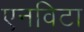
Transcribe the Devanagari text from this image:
एनविटा